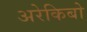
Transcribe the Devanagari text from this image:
अरेकिबो